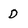
Character: D